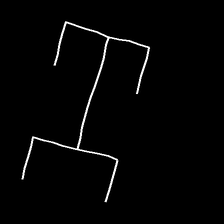
Glyph: entwine